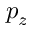
p _ { z }